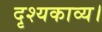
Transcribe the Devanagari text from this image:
दृश्यकाव्य।